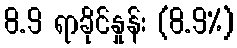
8.9 ရာခိုင်နှုန်း (8.9%)